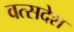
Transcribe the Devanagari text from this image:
वत्सदेश